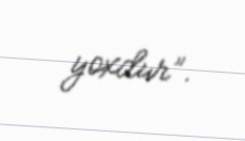
yoxdur”.